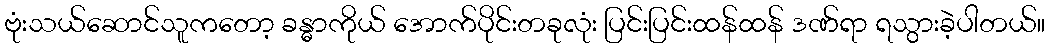
ဗုံးသယ်ဆောင်သူကတော့ ခန္ဓာကိုယ် အောက်ပိုင်းတခုလုံး ပြင်းပြင်းထန်ထန် ဒဏ်ရာ ရသွားခဲ့ပါတယ်။